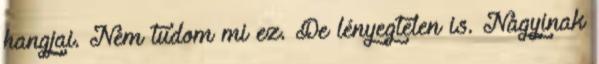
hangjai. Nem tudom mi ez. De lényegtelen is. Nagyinak